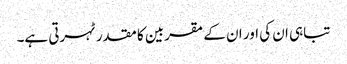
تباہی ان کی اور ان کے مقربین کا مقدر ٹہرتی ہے۔